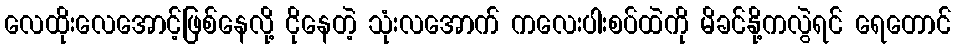
လေထိုးလေအောင့်ဖြစ်နေလို့ ငိုနေတဲ့ သုံးလအောက် ကလေးပါးစပ်ထဲကို မိခင်နို့ကလွဲရင် ရေတောင်